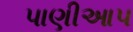
પાણીઆપ